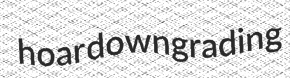
hoar downgrading